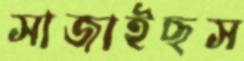
সাজাইছস